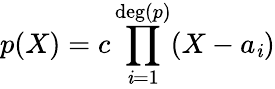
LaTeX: p(X)=c\prod_{\mathit{i}=1}^{\deg(p)}(X-a_{\mathit{i}})